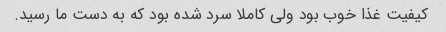
کیفیت غذا خوب بود ولى کاملا سرد شده بود که به دست ما رسید.